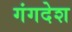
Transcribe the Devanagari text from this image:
गंगदेश